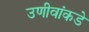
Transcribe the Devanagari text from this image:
उणीवांकडे